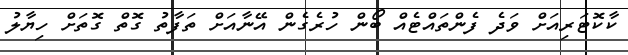
ކާކޮޓަރިއަށް ވަދެ ފެންތައްޓެއް ބޯން ހުރެގެން އޭނާއަށް ތަފާތު ގޮތް ގޮތަށް ހިޔާލު